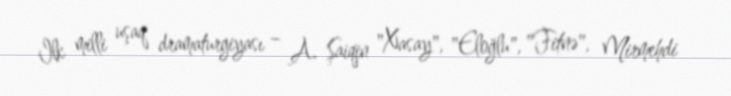
Ilk milli uşaq dramaturgiyası – A. Şaiqin "Xasay", "Eloğlu", "Fitnə", Mirmehdi